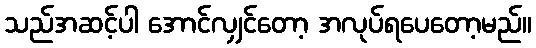
သည်အဆင့်ပါ အောင်လျှင်တော့ အလုပ်ရပေတော့မည်။